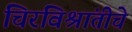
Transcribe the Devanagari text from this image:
चिरविश्रांतीचे